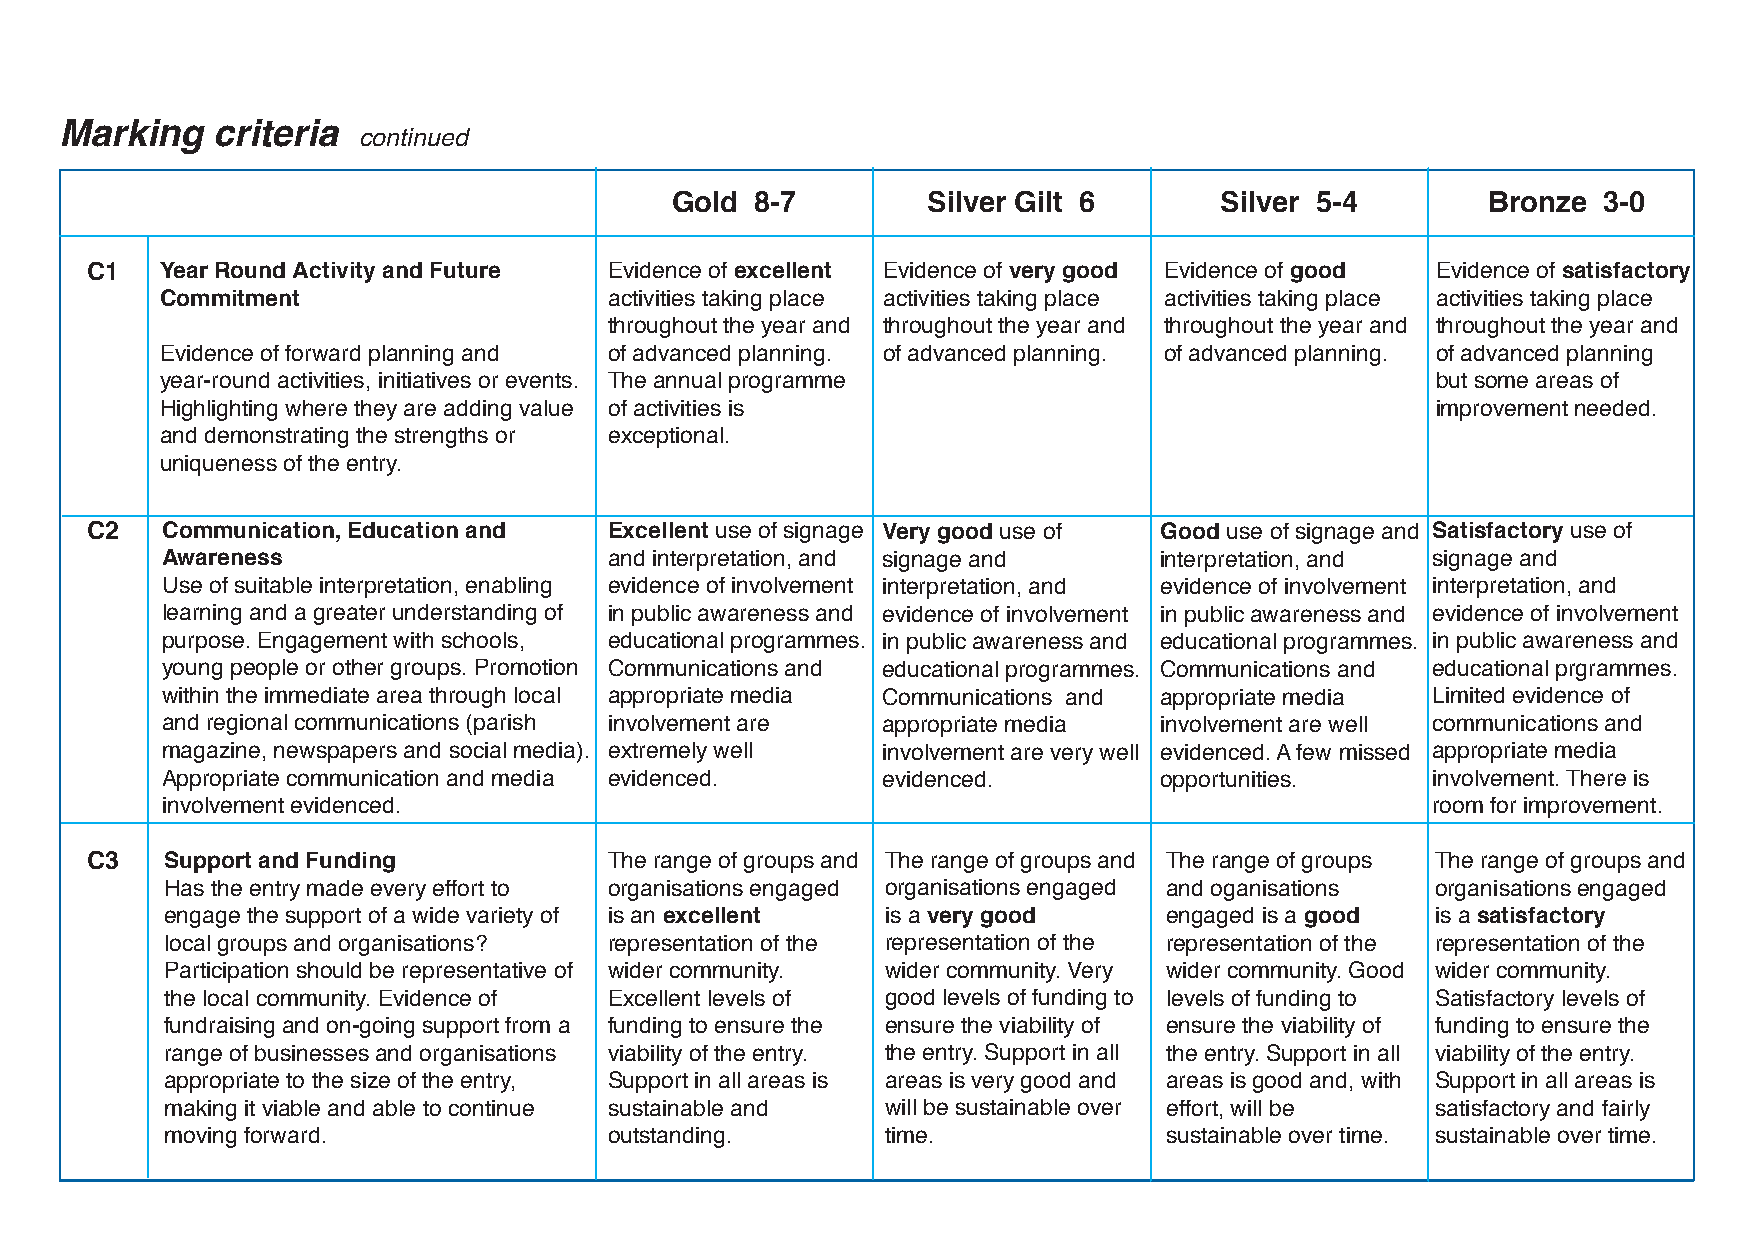
Marking   criteria
 continued
 Gold  8-7        Silver Gilt 6       Silver 5-4        Bronze 3-0
 C1   Year Round Activity and Future Evidence of excellent Evidence of very good Evidence of good Evidence of satisfactory
 Commitment                   activities taking place activities taking place activities taking place activities taking place
 throughout the year and throughout the year and throughout the year and throughout the year and
 Evidence of forward planning and of advanced planning. of advanced planning. of advanced planning. of advanced planning
 year-round activities, initiatives or events. The annual programme                  but some areas of
 Highlighting where they are adding value of activities is                           improvement needed.
 and demonstrating the strengths or exceptional.
 uniqueness of the entry.
 C2   Communication, Education and Excellent use of signage Very good use of Good use of signage and Satisfactory use of
 Awareness                    and interpretation, and signage and  interpretation, and signage and
 Use of suitable interpretation, enabling evidence of involvement interpretation, and evidence of involvement interpretation, and
 learning and a greater understanding of in public awareness and evidence of involvement in public awareness and evidence of involvement
 purpose. Engagement with schools, educational programmes. in public awareness and educational programmes. in public awareness and
 young people or other groups. Promotion Communications and educational programmes. Communications and educational prgrammes.
 within the immediate area through local appropriate media Communications and appropriate media Limited evidence of
 and regional communications (parish involvement are appropriate media involvement are well communications and
 magazine, newspapers and social media). extremely well involvement are very well evidenced. A few missed appropriate media
 Appropriate communication and media evidenced. evidenced.         opportunities.    involvement. There is
 involvement evidenced.                                                              room for improvement.
 C3   Support and Funding          The range of groups and The range of groups and The range of groups The range of groups and
 Has the entry made every effort to organisations engaged organisations engaged and oganisations organisations engaged
 engage the support of a wide variety of is an excellent is a very good engaged is a good is a satisfactory
 local groups and organisations? representation of the representation of the representation of the representation of the
 Participation should be representative of wider community. wider community. Very wider community. Good wider community.
 the local community. Evidence of Excellent levels of good levels of funding to levels of funding to Satisfactory levels of
 fundraising and on-going support from a funding to ensure the ensure the viability of ensure the viability of funding to ensure the
 range of businesses and organisations viability of the entry. the entry. Support in all the entry. Support in all viability of the entry.
 appropriate to the size of the entry, Support in all areas is areas is very good and areas is good and, with Support in all areas is
 making it viable and able to continue sustainable and will be sustainable over effort, will be satisfactory and fairly
 moving forward.              outstanding.       time.             sustainable over time. sustainable over time.